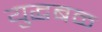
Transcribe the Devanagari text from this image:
युद्धबळ